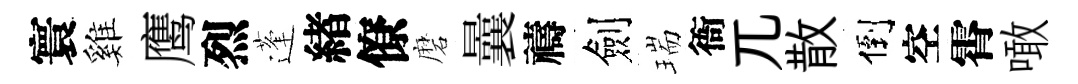
寰雞鹰烈蓬緖僚磨曩禱劍瑞衙兀散倒空霄噉